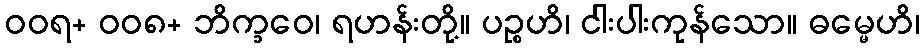
ဝဝရ+ ဝဝ၈+ ဘိက္ခဝေ၊ ရဟန်းတို့။ ပဉ္စဟိ၊ ငါးပါးကုန်သော။ ဓမ္မေဟိ၊